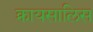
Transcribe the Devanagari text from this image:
क्रायसालिस